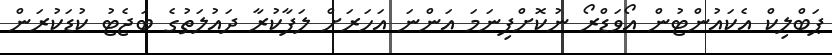
ޕަބްލިކް އެކައުންޓުން އޯވަޑްރޯ ނުކޮށްފިނަމަ އަންނަ އަހަރަށް ލަފާކުރާ ދައުލަތުގެ ބަޖެޓު ކުޑަކުރަން